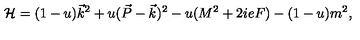
{ \cal H } = ( 1 - u ) \vec { k } ^ { 2 } + u ( \vec { P } - \vec { k } ) ^ { 2 } - u ( M ^ { 2 } + 2 i e F ) - ( 1 - u ) m ^ { 2 } ,